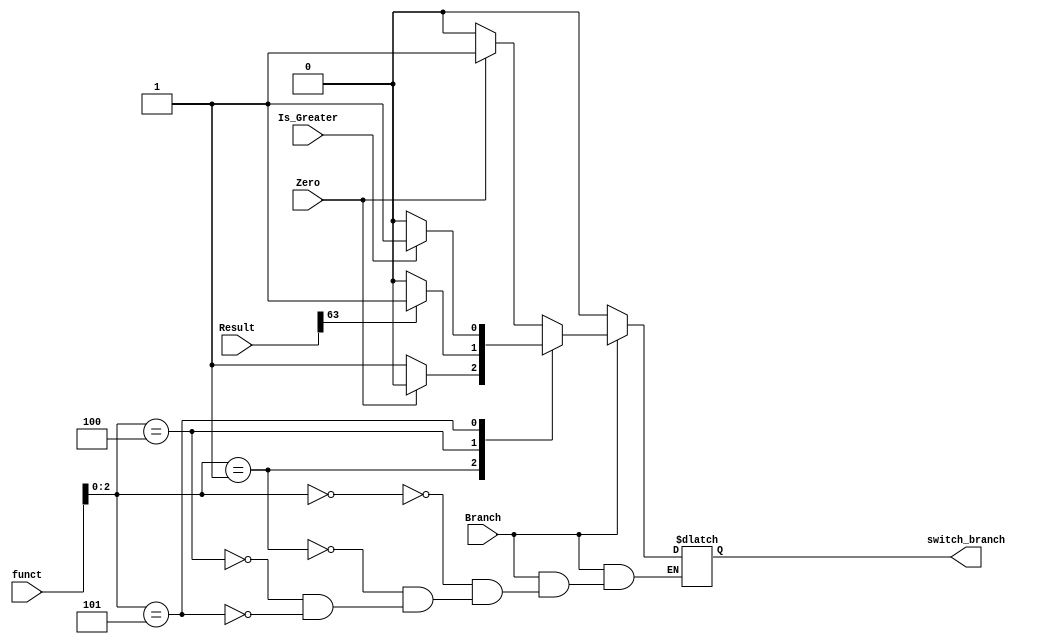
`timescale 1ns / 1ps
//////////////////////////////////////////////////////////////////////////////////
// Company: 
// Engineer: 
// 
// Design Name: 
// Module Name: Branch_Control_task2
// Project Name: 
// Target Devices: 
// Tool Versions: 
// Description: 
// 
// Dependencies: 
// 
// Revision:
// Revision 0.01 - File Created
// Additional Comments:
// 
//////////////////////////////////////////////////////////////////////////////////


module Branch_Control
(
    input Branch, Zero, Is_Greater,
    input [3:0] funct,
    input [63:0]Result,
    output reg switch_branch
);


always @(*) begin

    if (Branch) begin

        case ({funct[2:0]})
            3'b000: switch_branch = Zero ? 1 : 0;
            3'b001: switch_branch = Zero ? 0 : 1;
            3'b100 : switch_branch = (Result[63]== 1 ? 1 : 0);
            3'b101: switch_branch = Is_Greater ? 1 : 0;
        endcase
    
    end
    
    else
        switch_branch = 0;
end


endmodule